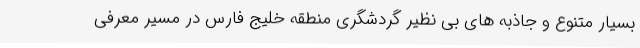
بسیار متنوع و جاذبه های بی نظیر گردشگری منطقه خلیج فارس در مسیر معرفی